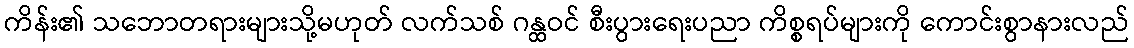
ကိန်း၏ သဘောတရားများသို့မဟုတ် လက်သစ် ဂန္ထဝင် စီးပွားရေးပညာ ကိစ္စရပ်များကို ကောင်းစွာနားလည်